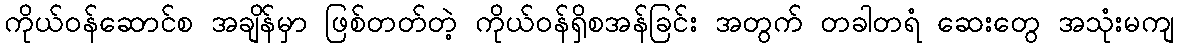
ကိုယ်ဝန်ဆောင်စ အချိန်မှာ ဖြစ်တတ်တဲ့ ကိုယ်ဝန်ရှိစအန်ခြင်း အတွက် တခါတရံ ဆေးတွေ အသုံးမကျ